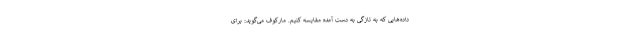
داده‌هایی که به تازگی به دست آمده مقایسه کنیم. مارکوف می‌گوید: برای